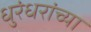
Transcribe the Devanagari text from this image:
धुरंधरांच्या